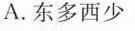
A.东多西少